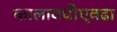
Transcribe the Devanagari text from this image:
कालावधीएवढा